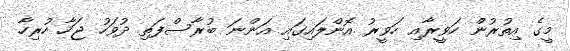
މީގެ އިތުރުން ހަވީރާއި ހަވީރު އޮންލައިގައި އަންނަ ބުރާސްފަތި ދުވަހު ޖަހާ ހުރިހާ